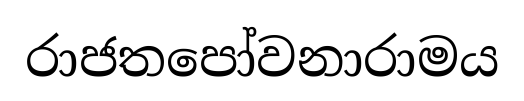
රාජතපෝවනාරාමය